Tezpur Lunatic Asylum reports 1895-1904 - 1895-1904
Year: 1895
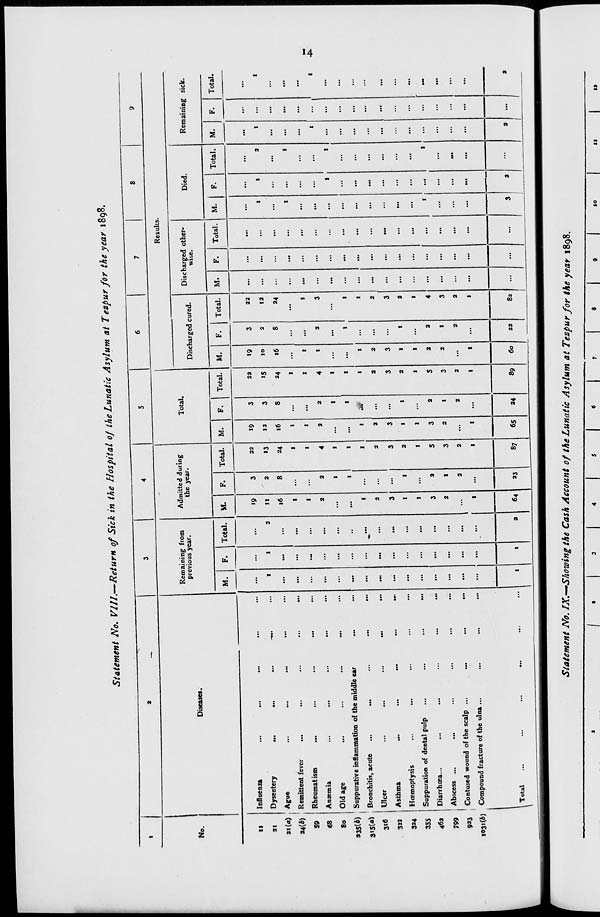
Statement No. VUL—Return of Sick in the Hospital of the Lunatic Asylum at Tezpur for the year 1898.
.•
.
3
4
5
6
7
8
9
Diseases.
Remaining from
previous year.
Admitted during
the year.
Total.
Results.
No.
Discharged cured.
Discharged other-
wise.
Died
Remaining sick.
M.
F.
Total.
M.
F.
Total.
M.
F. 1 Total. M.
F.
Total.
M.
F.
Total.
M.
F.
Total.
M.
F.
Total.
11
Influenza
«9
3
22
19
3
23
•9
3
33
...
...
...
...
...
...
...
31
Dysentery
...
-...
...
1
1
2
11
2
13
12
3
>5
10
2
12
...
...
...
1
1
3
X
...
1
31(a) Ague
...
...
...
...
...
...
16
8
24
16
8
24
16
8
24
...
...
...
...
...
...
...
...
...
34(A) Remittent fever
...
...
...
...
...
...
1
...
1
1
...
1
...
...
...
...
...
...
1
...
1
...
...
...
59
Rheumatism
...
...
...
...
.-
...
t
...
1
t
...
1
l
...
1
...
...
...
...
...
...
...
...
...
68
Anaemia
...
...
...
...
...
...
2
2
4
2
3
4
1
3
3
...
...
...
...
...
...
1
...
1
80
Old age
...
...
...
...
...
...
...
1
I
...
I
1
...
...
...
...
...
...
...
I
I
...
...
...
935(4) Suppurative inflammation of the middle ear
...
...
...
...
■•
...
1
1
...
I
I
...
i
1
...
...
...
...
...
...
...
...
...
3 > 5(a) Bronchitis, acute
...
...
...
...
...
...
1
...
l
1
M
1
1
...
1
...
...
...
...
...
...
...
...
...
316
Ulcer
...
...
...
...
...
...
3
...
2
a
...
a
3
...
2
...
...
...
...
...
...
...
...
...
333
Asthma
...
...
...
...
...
...
...
...
3
...
3
3
...
3
3
...
3
...
...
...
...
...
...
...
...
...
324
Haemoptysis
...
...
...
...
...
...
1
I
2
1
1
3
1
1
3
...
...
...
...
...
...
...
...
...
355
Suppuration of dental pulp
...
...
...
...
...
...
I
...
1
1
...
I
1
...
1
...
...
...
...
...
...
...
...
...
463
Diarrhoea...
...
...
...
...
...
...
3
3
5
3
2
5
3
3
4
...
...
...
1
...
1
...
...
.-
799
Abscess ...
...
...
...
...
...
...
2
I
3
2
1
3
2
1
3
...
...
...
...
...
...
...
...
...
923
Contused wound of the scalp ...
...
...
...
...
...
...
3
2
...
2
3
...
2
2
...
...
...
...
...
...
...
...
...
1031(6) Compound fracture of the ulna ...
...
...
...
...
...
I
...
I
I
...
1
1
...
I
...
...
...
...
...
...
...
1 lotal
...
...
...
...
...
...
1
1
a
64
23
87
65
94
89
60
32
82
...
...
3
3
3
i ",
3
Staument No. IX.-Sho 9 i„ e the Cask Account of tkc Lunatic Asylum at Tezpur for tkc year ,8 9 8.
I
10
II
13